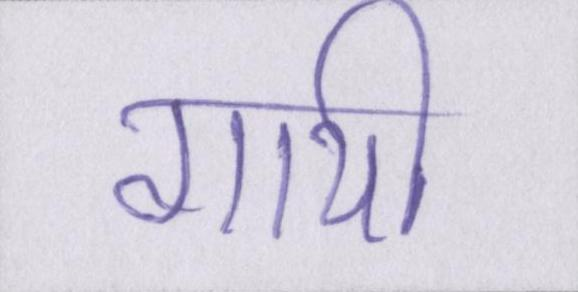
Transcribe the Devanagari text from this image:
गायी